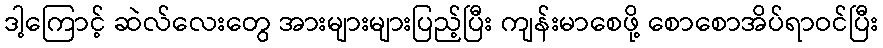
ဒါ့ကြောင့် ဆဲလ်လေးတွေ အားများများပြည့်ပြီး ကျန်းမာစေဖို့ စောစောအိပ်ရာဝင်ပြီး